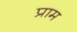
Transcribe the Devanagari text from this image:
प्राम